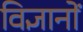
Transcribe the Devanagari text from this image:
विज्ञानों